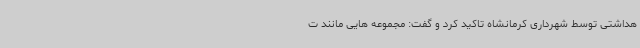
هداشتی توسط شهرداری کرمانشاه تاکید کرد و گفت: مجموعه هایی مانند ت